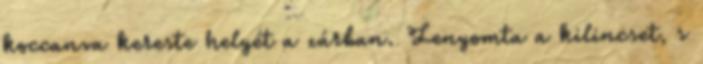
koccanva kereste helyét a zárban. Lenyomta a kilincset, s